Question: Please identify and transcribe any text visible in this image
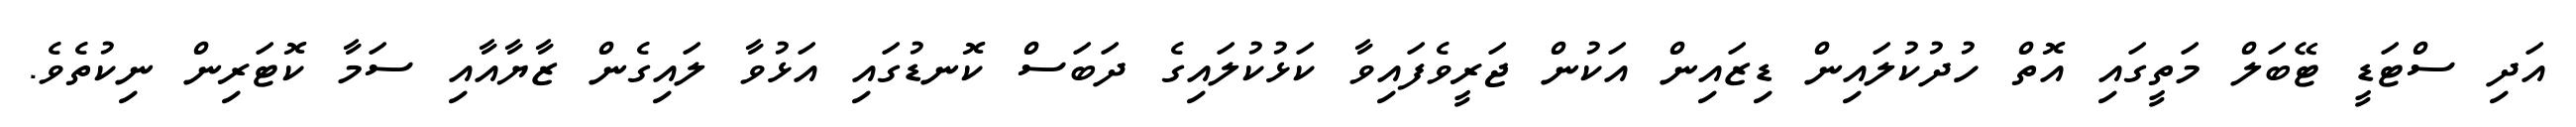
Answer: އަދި ސްޓަޑީ ޓޭބަލް މަތީގައި އޮތް ހުދުކުލައިން ޑިޒައިން އަކުން ޖަރީވެފައިވާ ކަޅުކުލައިގެ ދަބަސް ކޮނޑުގައި އަޅުވާ ލައިގެން ޒާޔާއާއި ސަމާ ކޮޓަރިން ނިކުތެވެ.